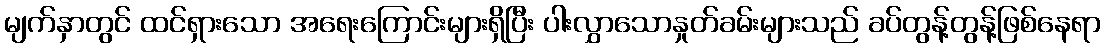
မျက်နှာတွင် ထင်ရှားသော အရေးကြောင်းများရှိပြီး ပါးလွှာသောနှုတ်ခမ်းများသည် ခပ်တွန့်တွန့်ဖြစ်နေရာ